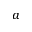
^ a